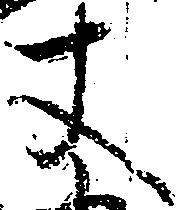
丈